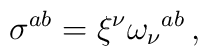
\sigma^{ab} = \xi^{\nu}\omega_{\nu}{}^{ab}\, ,